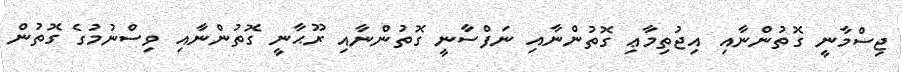
ޖިސްމާނީ ގޮތުންނާއި އިޖުތިމާޢި ގޮތުންނާއި ނަފްސާނީ ގޮތުންނާއި ރޫޙާނީ ގޮތުންނާއި ވިސްނުމުގެ ގޮތުން